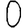
Digit: 0